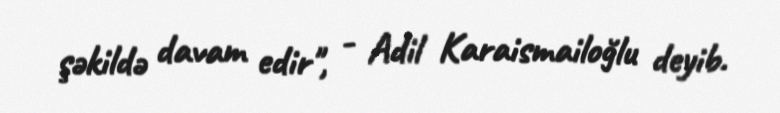
şəkildə davam edir", - Adil Karaismailoğlu deyib.